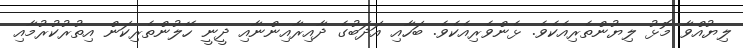
ލިޔުއްވާ މޮޅު ލިޔުންތެރިއެކެވެ. ޅެންވެރިއެކެވެ. ބަހާއި އަދަބުގެ ދާއިރާއިންނާއި ދީނީ ހޭލުންތެރިކަން އިތުރުކުރުމާއި